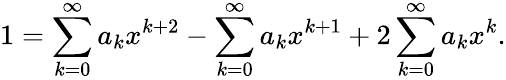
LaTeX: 1=\sum_{k=0}^{\infty}a_{k}x^{k+2}-\sum_{k=0}^{\infty}a_{k}x^{k+1}+2\sum_{k=0}^{\infty}a_{k}x^{k}.